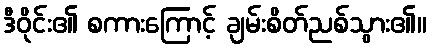
ဒီဝိုင်း၏ စကားကြောင့် ချမ်းစိတ်ညစ်သွား၏။